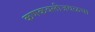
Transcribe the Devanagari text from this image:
कणकवलीजवळचा